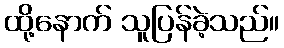
ထို့နောက် သူပြန်ခဲ့သည်။